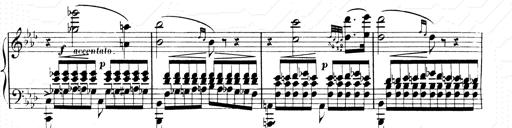
Title: 2 Transcriptions d'aprÃ¨s Rossini
Composer: Franz Liszt